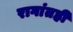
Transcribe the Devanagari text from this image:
रागांतही